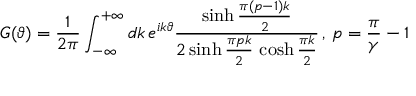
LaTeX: G ( \vartheta ) = \frac { 1 } { 2 \pi } \int _ { - \infty } ^ { + \infty } d k \, e ^ { i k \vartheta } \frac { \sinh \frac { \pi ( p - 1 ) k } { 2 } } { 2 \sinh \frac { \pi p k } { 2 } \, \cosh \frac { \pi k } { 2 } } \, , \, p = \frac { \pi } { \gamma } - 1